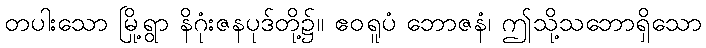
တပါးသော မြို့ရွာ နိဂုံးဇနပုဒ်တို့၌။ ဧဝရူပံ ဘောဇနံ၊ ဤသို့သဘောရှိသော